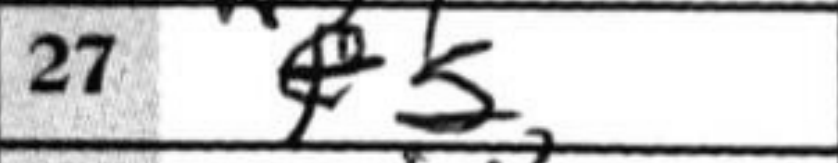
Transcription: e5